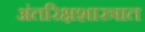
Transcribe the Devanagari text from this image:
अंतरिक्षशास्त्रात